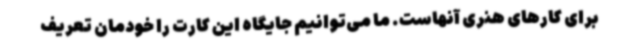
برای کارهای هنری آنهاست. ما می‌توانیم جایگاه این کارت را خودمان تعریف